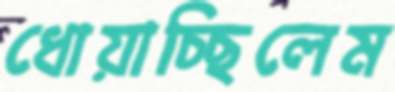
ধোয়াচ্ছিলেম